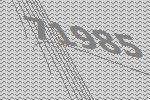
71985